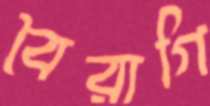
বৈরাগি